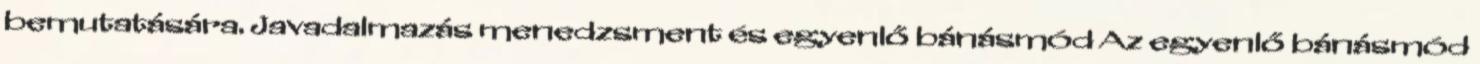
bemutatására. Javadalmazás menedzsment és egyenlő bánásmód Az egyenlő bánásmód